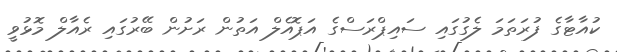
ކުއާޓާގެ ފުރަތަމަ ލެގުގައި ސައިޕްރަސްގެ އަޕޮއެލް އަތުން ރަށުން ބޭރުގައި ރެއާލް މޮޅުވީ